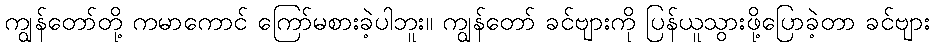
ကျွန်တော်တို့ ကမာကောင် ကြော်မစားခဲ့ပါဘူး။ ကျွန်တော် ခင်ဗျားကို ပြန်ယူသွားဖို့ပြောခဲ့တာ ခင်ဗျား